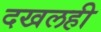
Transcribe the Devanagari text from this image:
दखलही